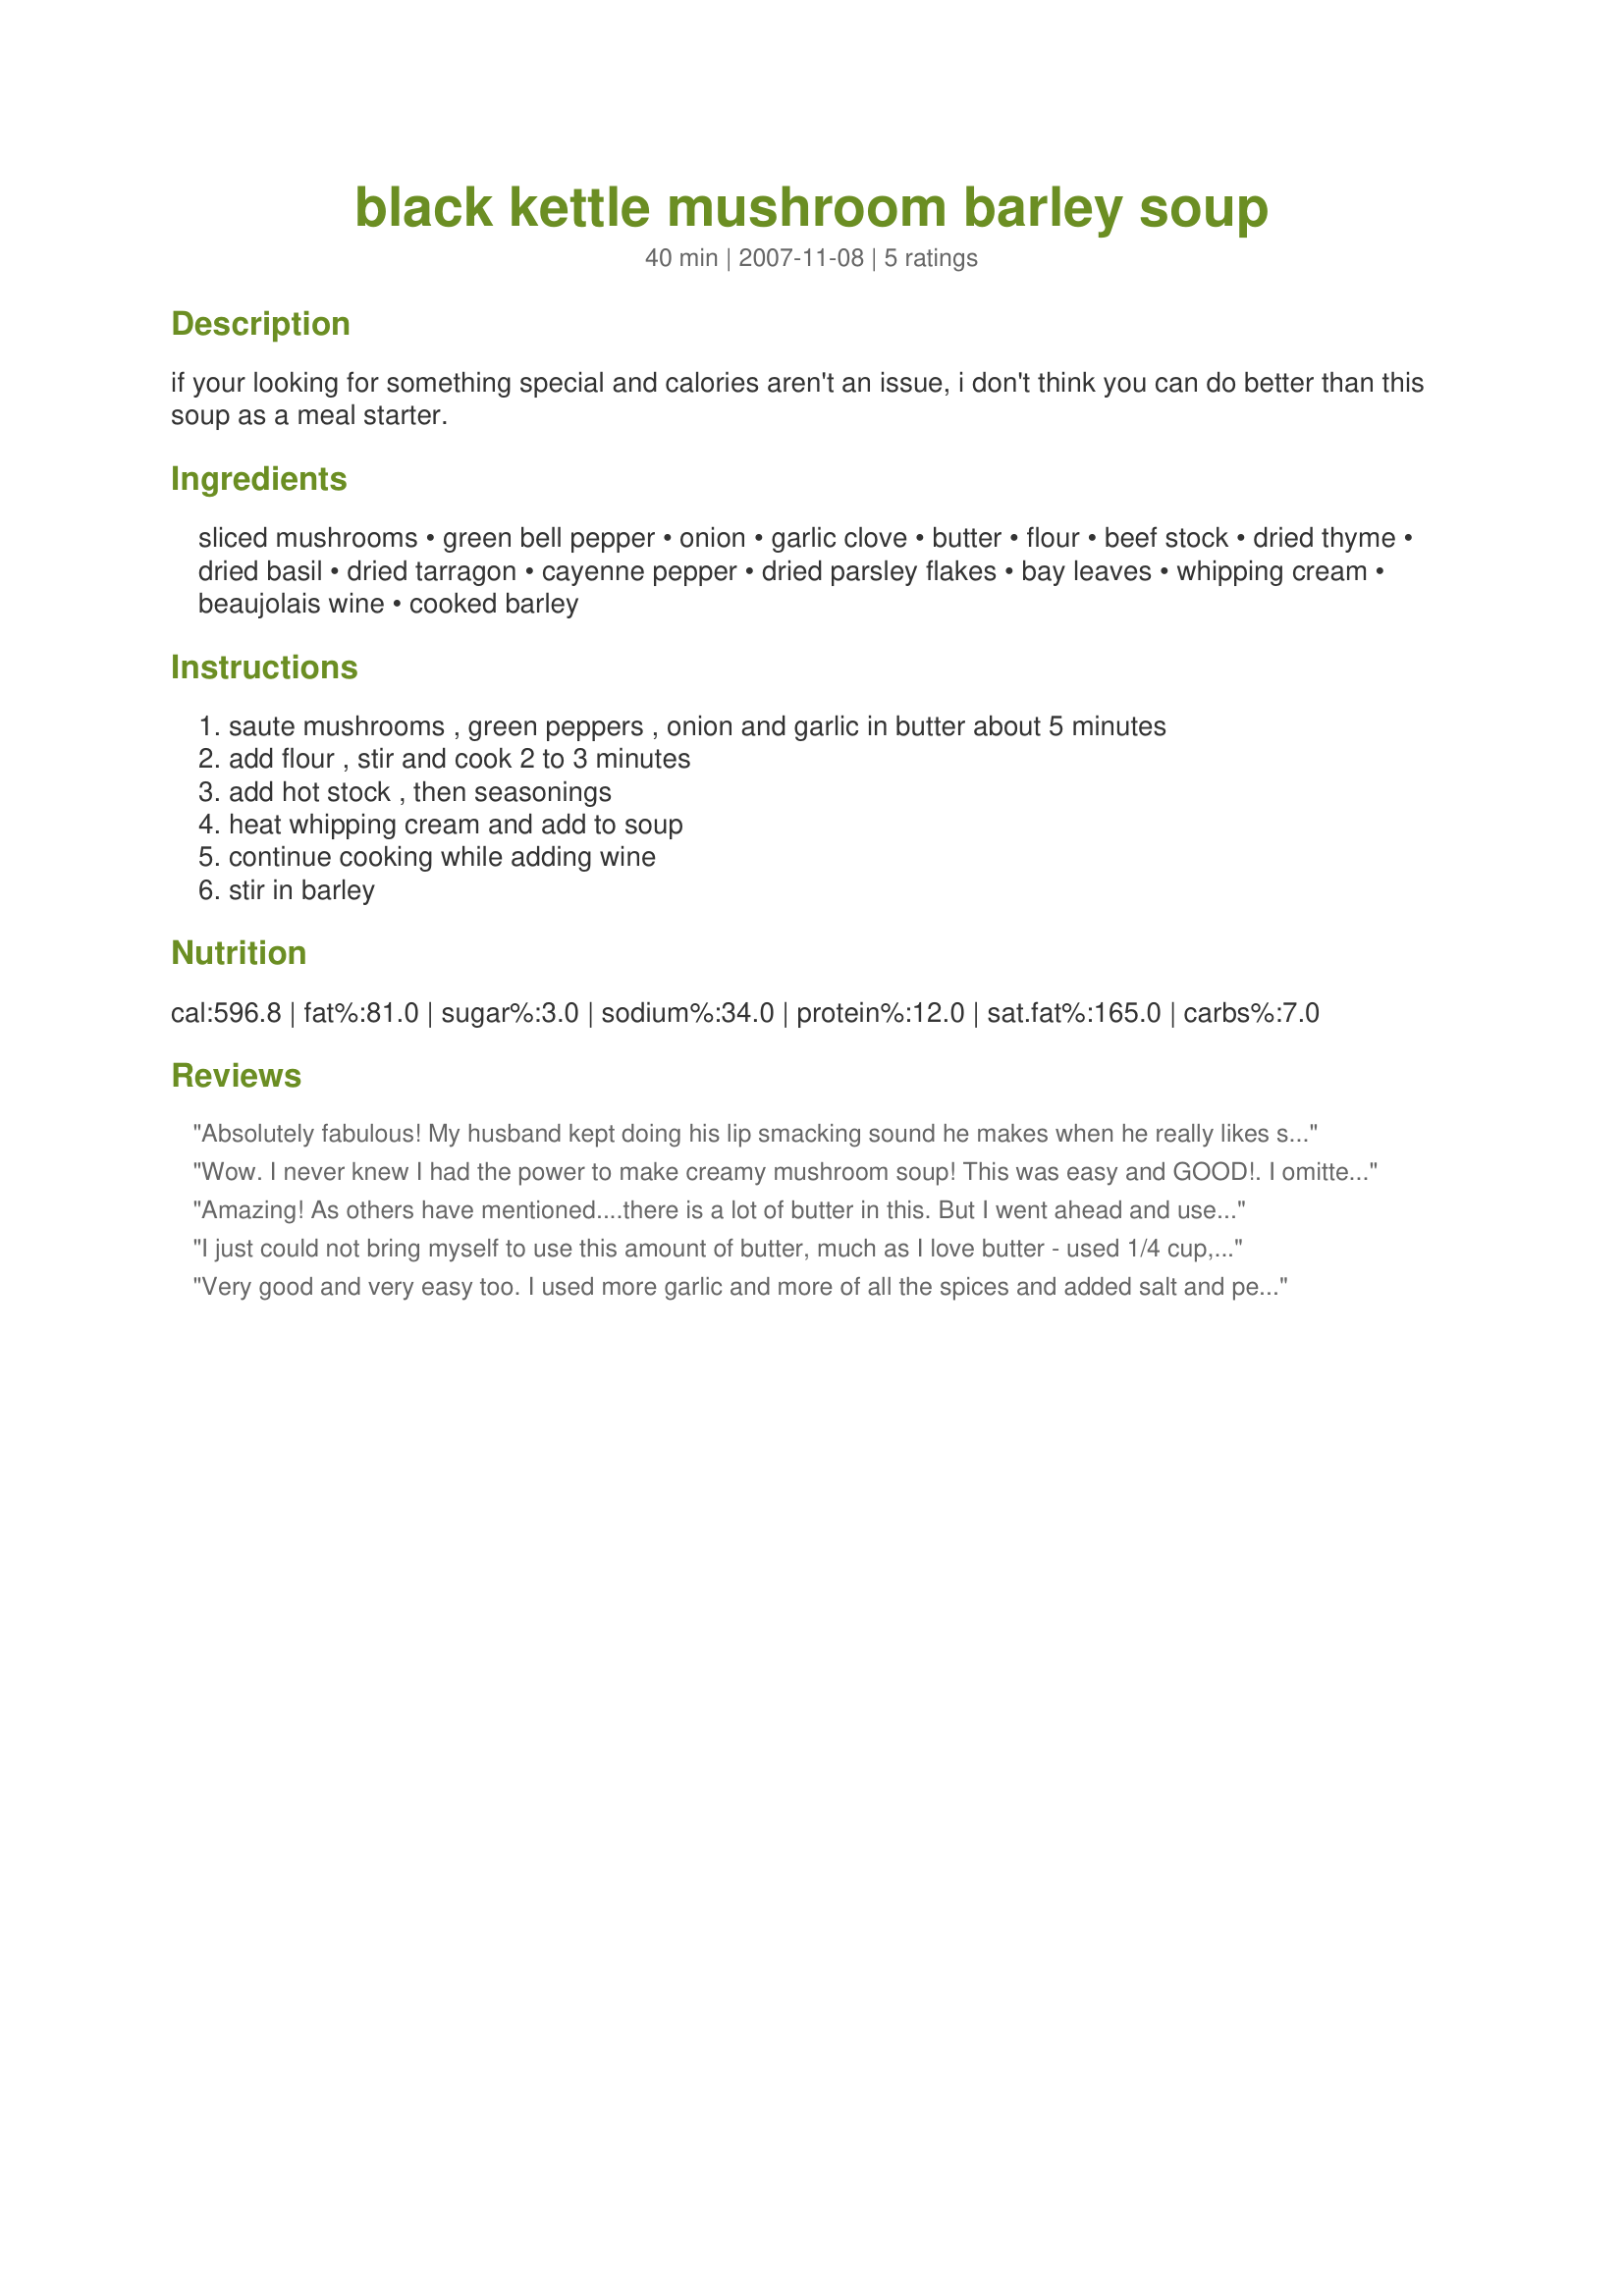
black kettle mushroom barley soup
Preparation time: 40 minutes

if your looking for something special and calories aren't an issue, i don't think you can do better than this soup as a meal starter.

Ingredients:
sliced mushrooms, green bell pepper, onion, garlic clove, butter, flour, beef stock, dried thyme, dried basil, dried tarragon, cayenne pepper, dried parsley flakes, bay leaves, whipping cream, beaujolais wine, cooked barley

Steps:
saute mushrooms , green peppers , onion and garlic in butter about 5 minutes, add flour , stir and cook 2 to 3 minutes, add hot stock , then seasonings, heat whipping cream and add to soup, continue cooking while adding wine, stir in barley

Reviews:
Absolutely fabulous! My husband kept doing his lip smacking sound he makes when he really likes something from Zaar. A couple of changes I made were: I don't like green peppers, so I used red and I'm sorry, but I couldn't bring myself to add 2 cups of cream so I added half/half instead. I really enjoyed the flavor of the tarragon in the background. It's a winner Annacis! :)
Wow. I never knew I had the power to make creamy mushroom soup! This was easy and GOOD!. I omitted the bell pepper and added more mushrooms. I used mini bellas and porteenie mushrooms. I also took a tip from a previous reviewer and used half and half. Turned out absolutely wonderful. I will always make this soup! Thank you so much for posting!
Amazing! As others have mentioned....there is a lot of butter in this. But I went ahead and used it (this was so delicious, I'm glad I did!), then used half-and-half instead of cream. I used a mix of baby portabellos, oyster, and shiitake mushrooms. The subtle nuances from the spices are wonderful....A definite make again recipe! Thanks for sharing! Made for PRMR Tag.
I just could not bring myself to use this amount of butter, much as I love butter - used 1/4 cup, reducing the flour to 1/4 cup also. This resulted in a more brothy soup than the original recipe (even though I used less total liquid), but we enjoyed it this way. I would have used evaporated milk instead of cream, but had none, so used one cup of half-and-half. I used duck stock instead of beef, and because it was made without salt, I did add a little bit of salt. I ended up adding the rest of the barley I had cooked (probably another cup) and used vermouth, my standard wine when a recipe calls for just a little. The herbal notes work very well with this recipe. Next time I would use more mushrooms, and might add some rehydrated dried mushrooms with their liquid, as I think dried mushrooms add a lot of flavor, even if you use a small amount.
Very good and very easy too. I used more garlic and more of all the spices and added salt and pepper. Restaurant quality taste, very tasty and creamy. A keeper!
